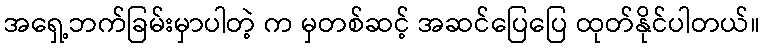
အရှေ့ဘက်ခြမ်းမှာပါတဲ့ က မှတစ်ဆင့် အဆင်ပြေပြေ ထုတ်နိုင်ပါတယ်။